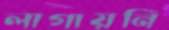
লাগায়নি